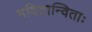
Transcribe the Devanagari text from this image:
मदितान्विताः